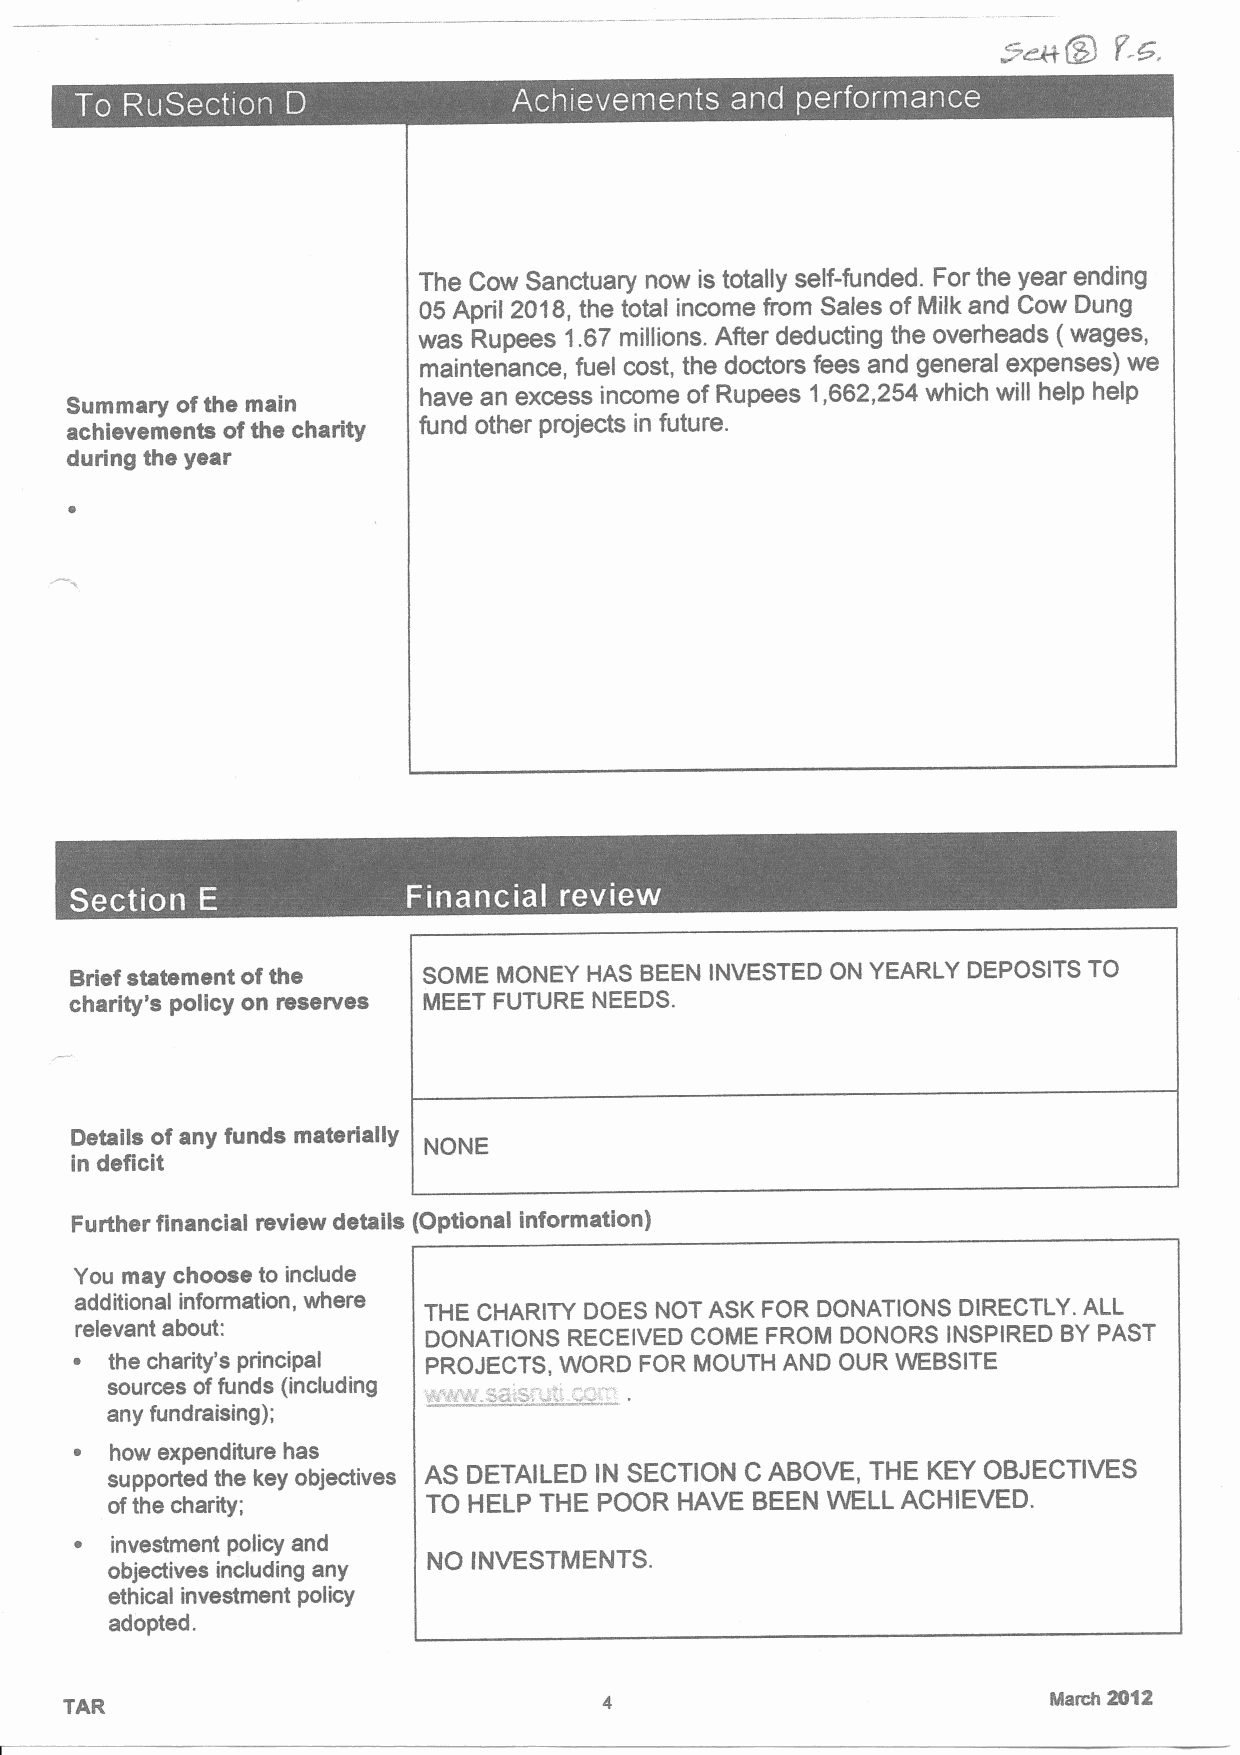
~~S
 f-6;
 -
 e         ~                        a  a    r e e   ~  r
 The Cow Sanctuary now is totally self-funded. For the year ending
 05 April 2018, the total income from Sales of Milk and Cow Dung
 was Rupees 1.67 millions. After deducting the overheads (wages,
 maintenance, fuel cost, the doctors fees and general expenses) we
 Summary ofthe main      have an excess income of Rupees 1,662,254 which will help help
 achievements ofthe charity fund other projects in future.
 during the year
 Brief statement ofthe  SOME MONEY HAS BEEN INVESTED ON YEARLY DEPOSITS TO
 charity's policy on reserves MEET FUTURE NEEDS.
 Details ofany funds materially
 NONE
 in deficit
 Further financial review details (Optional information)
 You may choose to Include
 additional information, where THE CHARITY DOES NOT ASK FOR DONATIONS DIRECTLY. ALL
 relevant about:        DONATIONS RECEIVED COME FROM DONORS INSPIRED BYPAST
 ~ the charity's principal PROJECTS, WORD FOR MOUTH AND OUR WEBSITE
 sources offunds (including
 any fundraising);
 ~ how expenditure has
 supported the key objectives AS DETAILED IN SECTION C ABOVE, THE KEY OBJECTIVES
 ofthe charity;       TO HELP THE POOR HAVE BEEN WELL ACHIEVED.
 ~ investment policy and
 NO INVESTMENTS.
 objectives Including any
 ethical investment policy
 adopted.
 TAR                                                               March 20"l2